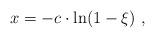
LaTeX: \begin{align*}x = -c \cdot \ln (1-\xi) \ ,\end{align*}